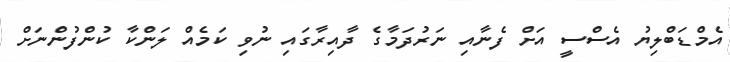
އެމްޑަބްލިޔު އެސްސީ އަށް ފެނާއި ނަރުދަމާގެ ދާއިރާގައި ނުވި ކަމެއް ލަންކާ ކުންފުންނަށް